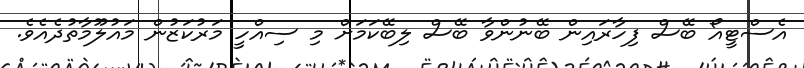
އެސްޓީއޯ ބޭސް ފިހާރައިން ބޭނުންވާ ބޭސް ލިބޭކަމަށް މި ސިއްހީ މަރުކަޒުން މައުލޫމާތުދެއެވެ.